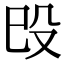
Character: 㱼